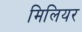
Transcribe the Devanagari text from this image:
मिलियर